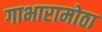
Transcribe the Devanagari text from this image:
गाभारामोठा